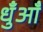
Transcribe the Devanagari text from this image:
धुँआँ